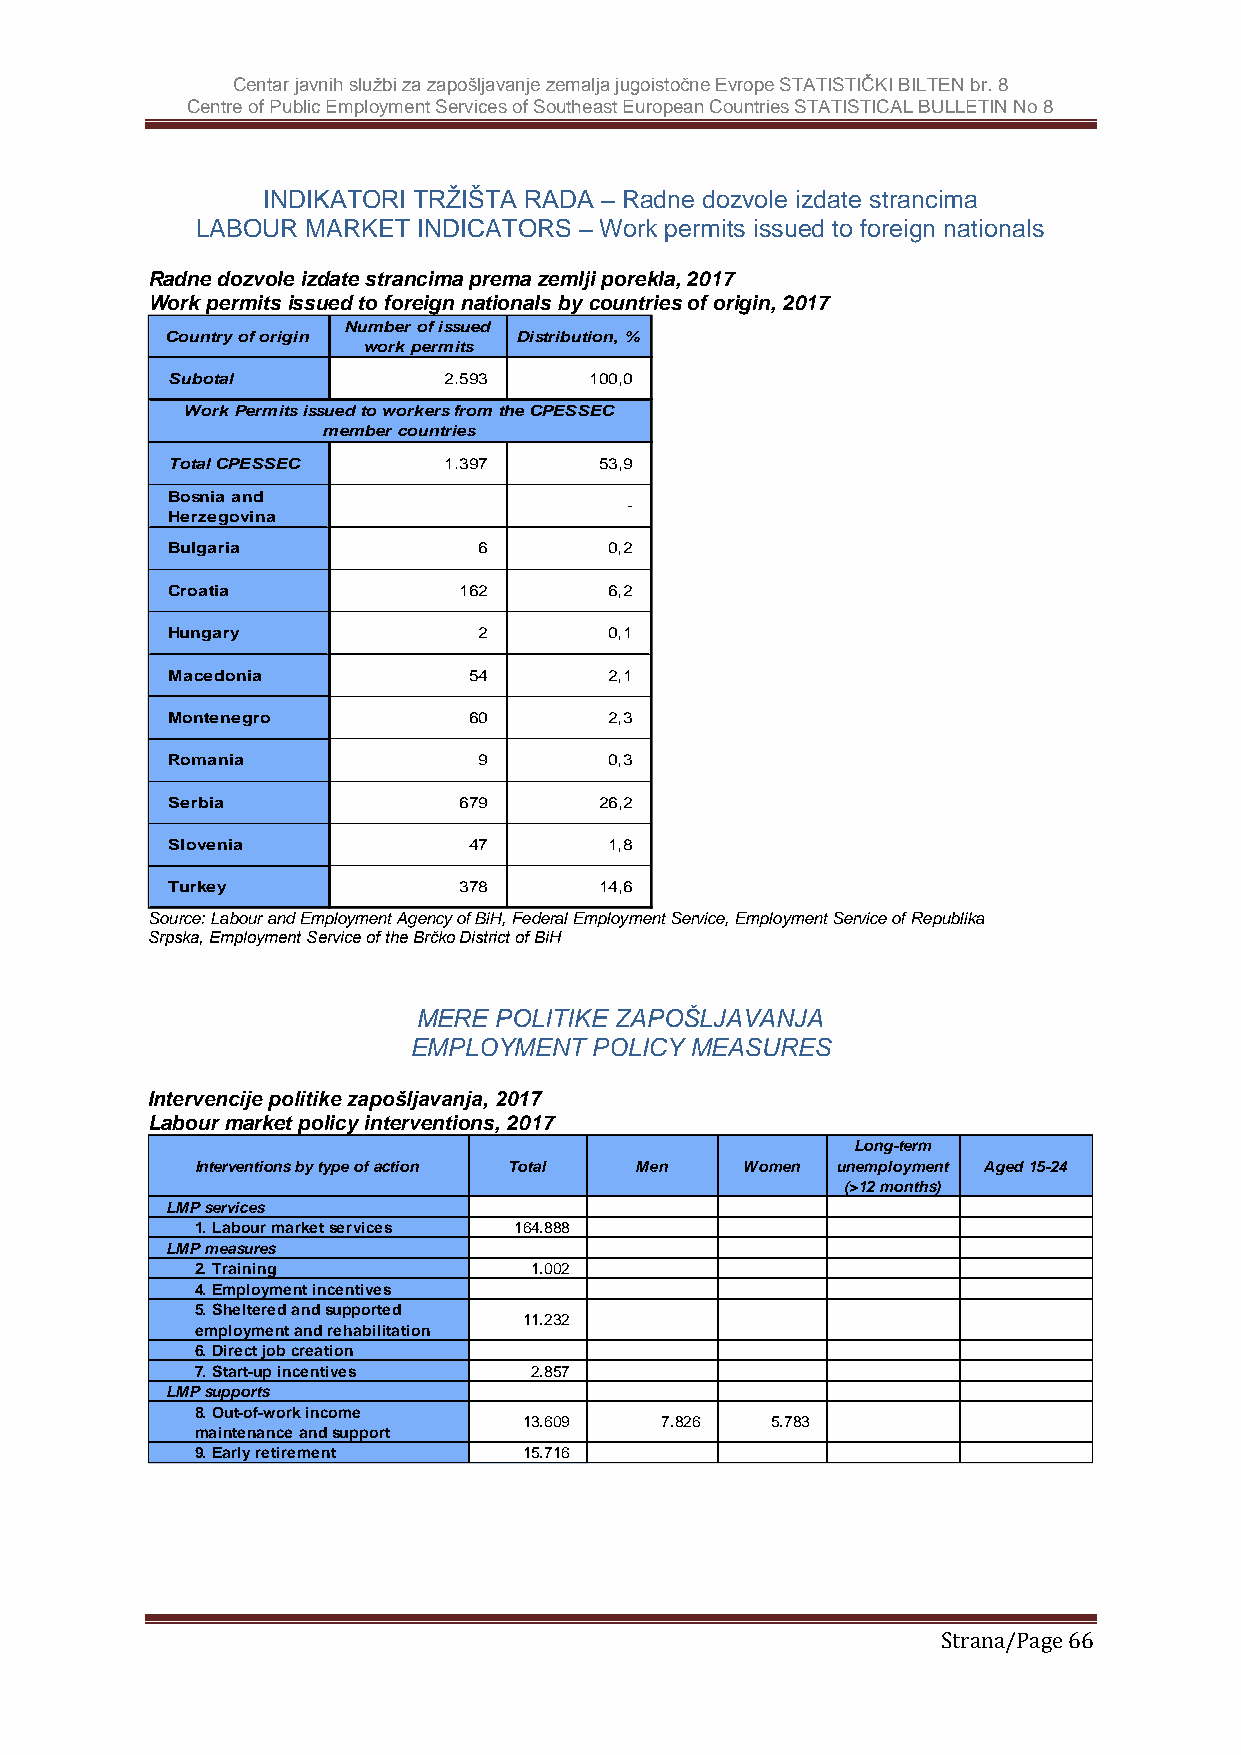
Centar javnih službi za zapošljavanje zemalja jugoistočne Evrope STATISTIČKI BILTEN br. 8
 Centre of Public Employment Services of Southeast European Countries STATISTICAL BULLETIN No 8
 INDIKATORI TRŽIŠTA RADA – Radne dozvole izdate strancima
 LABOUR MARKET  INDICATORS – Work permits issued to foreign nationals
 Radne dozvole izdate strancima prema zemlji porekla, 2017
 Work permits issued to foreign nationals by countries of origin, 2017
 Source: Labour and Employment Agency of BiH, Federal Employment Service, Employment Service of Republika
 Srpska, Employment Service of the Brčko District of BiH
 MERE POLITIKE ZAPOŠLJAVANJA
 EMPLOYMENT  POLICY MEASURES
 Intervencije politike zapošljavanja, 2017
 Labour market policy interventions, 2017
 Long-term
 Interventions by type of action Total Men Women unemployment Aged 15-24
 (>12 months)
 LMP services
 1. Labour market services 164.888
 LMP measures
 2. Training           1.002
 4. Employment incentives
 5. Sheltered and supported
 11.232
 employment and rehabilitation
 6. Direct job creation
 7. Start-up incentives 2.857
 LMP supports
 8. Out-of-work income
 13.609   7.826  5.783
 maintenance and support
 9. Early retirement   15.716
 Strana/Page 66
 C
 S
 T
 BH
 B
 C
 H
 M
 M
 R
 S
 S
 T
 o u n tr y o f o r ig in
 u b o ta l
 W o r k P e r m its is
 o ta l C P E S S E C
 o s n ia a n d
 e r z e g o v in a
 u lg a r ia
 r o a tia
 u n g a r y
 a c e d o n ia
 o n te n e g r o
 o m a n ia
 e r b ia
 lo v e n ia
 u r k e y
 s um
 N
 e de
 m
 u mw
 tob
 b eo
 r k
 w oe
 r c
 r o f is s u e
 p e r m its
 2 .5 9
 r k e r s fr oo
 u n tr ie s
 1 .3 9
 1 6
 5
 6
 6 7
 4
 3 7
 d
 3
 m
 7
 6
 2
 2
 4
 0
 9
 9
 7
 8
 th
 D
 e
 is
 C
 tr ib u
 P E S
 tio
 1
 S E
 n , %
 0 0 ,0
 C
 5 3 ,9
 -
 0 ,2
 6 ,2
 0 ,1
 2 ,1
 2 ,3
 0 ,3
 2 6 ,2
 1 ,8
 1 4 ,6